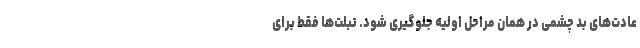
عادت‌های بد چشمی در همان مراحل اولیه جلوگیری شود. تبلت‌ها فقط برای